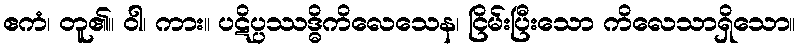
ဧကံ၊ တူ၏။ ဝါ၊ ကား။ ပဋိပ္ပဿဒ္ဓိကိလေသေန၊ ငြိမ်းပြီးသော ကိလေသာရှိသော။